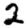
Digit: 2